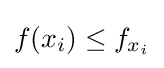
f(x_{i})\leq f_{x_{i}}